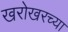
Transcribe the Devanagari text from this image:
खरोखरच्या